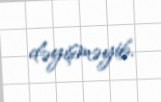
dəyişməyib.